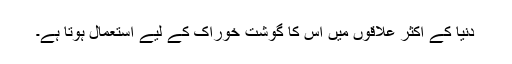
دنیا کے اکثر علاقوں میں اس کا گوشت خوراک کے لیے استعمال ہوتا ہے۔